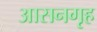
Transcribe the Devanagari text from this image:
आसनगृह